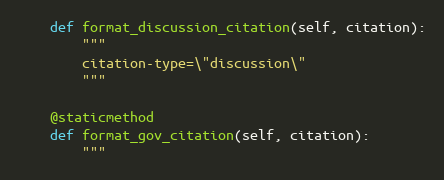
Language: Python
    def format_discussion_citation(self, citation):
        """
        citation-type=\"discussion\"
        """

    @staticmethod
    def format_gov_citation(self, citation):
        """